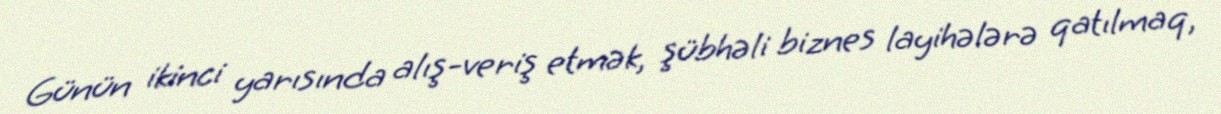
Günün ikinci yarısında alış-veriş etmək, şübhəli biznes layihələrə qatılmaq,